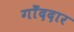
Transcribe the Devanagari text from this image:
गोँददार